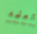
تعلمه